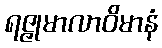
ရဇ္ဇုမာလာဝိမာနံ